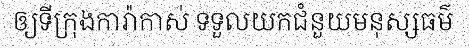
ឲ្យទីក្រុងការ៉ាកាស់ ទទួលយកជំនួយមនុស្សធម៌